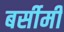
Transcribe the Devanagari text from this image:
बर्सीमी